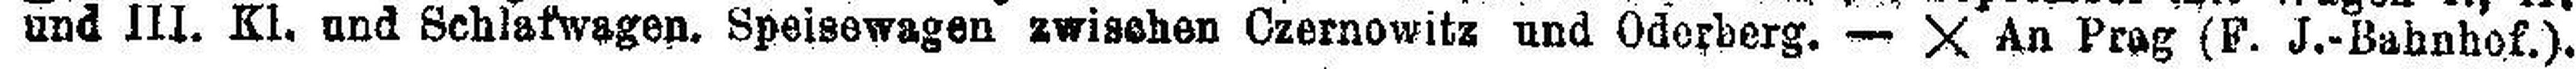
und III. KI. und Schlafwagen. Speisewagen zwischen Czernowitz und Oderberg. — X An Prag (F. J.-Bahnhof.).